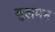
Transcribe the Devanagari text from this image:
वुलमन